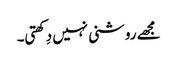
مجھے روشنی نہیں دِکھتی۔